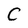
Character: C